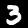
Digit: 3